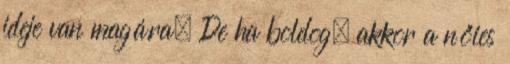
ideje van magára. De ha boldog, akkor a nőies